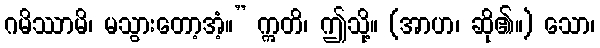
ဂမိဿာမိ၊ မသွားတော့အံ့။” ဣတိ၊ ဤသို့။ (အာဟ၊ ဆို၏။) သော၊